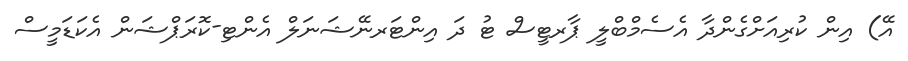
އޭ) އިން ކުރިއަށްގެންދާ އެސެމްބްލީ ޕާރޓީސް ޓު ދަ އިންޓަރނޭޝަނަލް އެންޓި-ކޮރަޕްޝަން އެކަޑަމީސް